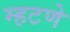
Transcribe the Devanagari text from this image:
म्हटणे